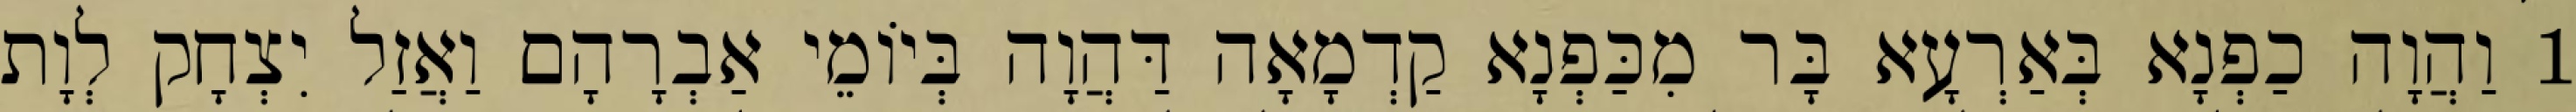
1 וַהֲוָה כַפְנָא בְּאַרְעָא בָּר מִכַּפְנָא קַדְמָאָה דַּהֲוָה בְּיוֹמֵי אַבְרָהָם וַאֲזַל יִצְחָק לְוָת